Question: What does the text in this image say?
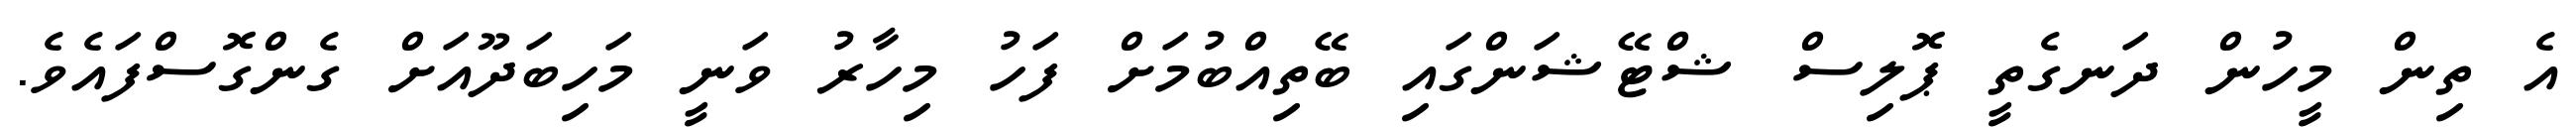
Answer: އެ ތިން މީހުން ދަނގެތީ ޕޮލިސް ޝްޓޭޝަންގައި ބޭތިއްބުމަށް ފަހު މިހާރު ވަނީ މަހިބަދޫއަށް ގެންގޮސްފައެވެ.